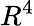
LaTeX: R^{4}